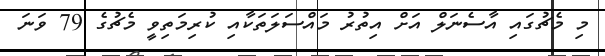
މި މެޗުގައި އާސެނަލް އަށް އިތުރު މައްސަލަތަކާއި ކުރިމަތިވީ މެޗުގެ 79 ވަނަ